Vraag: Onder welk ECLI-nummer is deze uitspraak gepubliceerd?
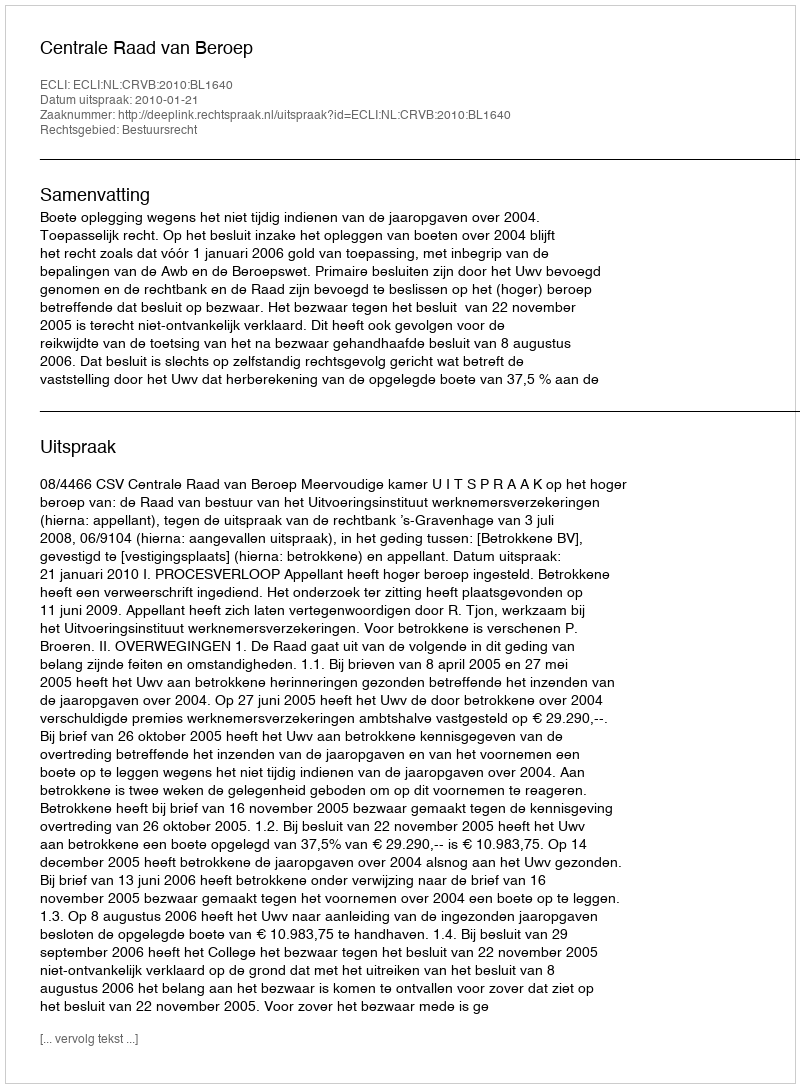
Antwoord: ECLI:NL:CRVB:2010:BL1640